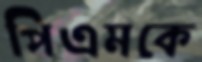
পিএমকে